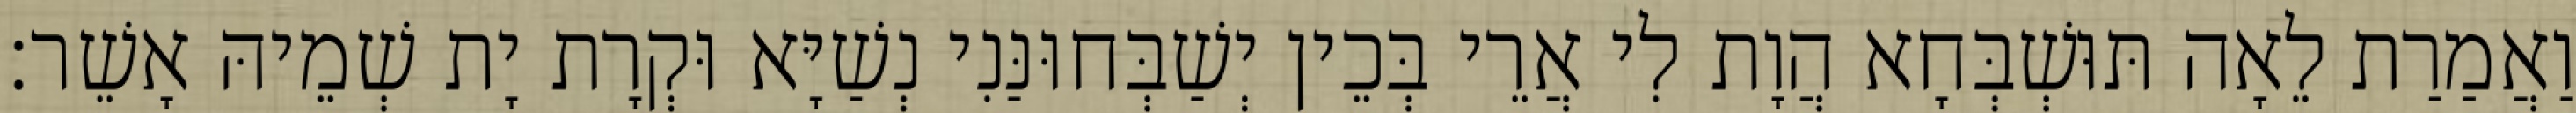
וַאֲמַרַת לֵאָה תּוּשְׁבְּחָא הֲוָת לִי אֲרֵי בְּכֵין יְשַׁבְּחוּנַּנִי נְשַׁיָּא וּקְרָת יָת שְׁמֵיהּ אָשֵׁר׃